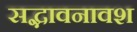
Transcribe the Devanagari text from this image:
सद्भावनावश